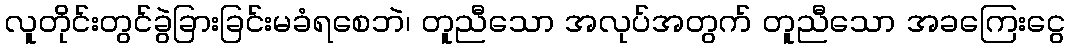
လူတိုင်းတွင်ခွဲခြားခြင်းမခံရစေဘဲ၊ တူညီသော အလုပ်အတွက် တူညီသော အခကြေးငွေ